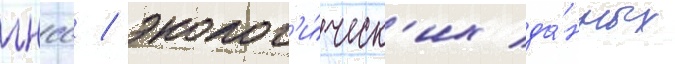
гнсс / эколог'и́ческ'их да́нных